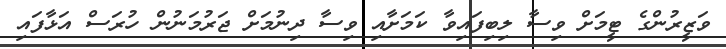
ވަޒީރުންގެ ޓީމަށް ވިސާ ލިބިފައިވާ ކަމަށާއި ވިސާ ދިނުމަށް ޖަރުމަނުން ހުރަސް އަޅާފައި